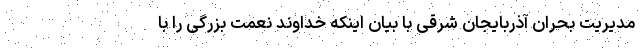
مدیریت بحران آذربایجان شرقی با بیان اینکه خداوند نعمت بزرگی را با